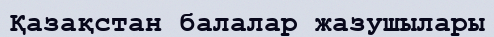
Қазақстан балалар жазушылары